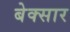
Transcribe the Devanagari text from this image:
बेक्सार